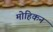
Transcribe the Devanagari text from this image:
मोहिकन